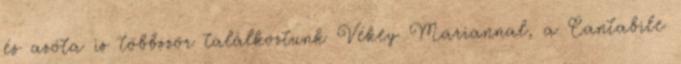
és azóta is többször találkoztunk Vékey Mariannal, a Cantabile